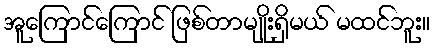
အူကြောင်ကြောင် ဖြစ်တာမျိုးရှိမယ် မထင်ဘူး။